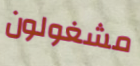
مشغولون